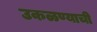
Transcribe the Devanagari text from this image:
उकळण्याची